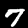
Digit: 7